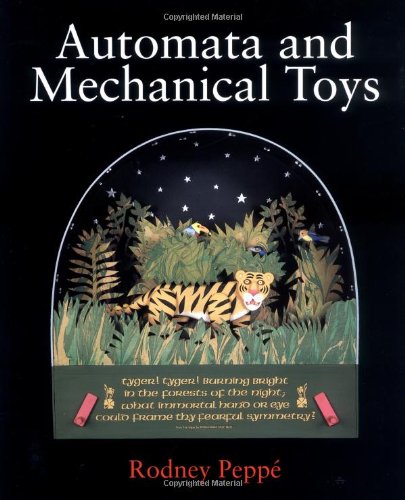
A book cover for Automata and Mechanical Toys; Rodney Peppe; Crafts, Hobbies & Home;